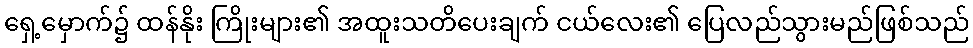
ရှေ့မှောက်၌ ထန်နိုး ကြိုးများ၏ အထူးသတိပေးချက် ငယ်လေး၏ ပြေလည်သွားမည်ဖြစ်သည်